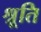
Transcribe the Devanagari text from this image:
श्रूति